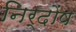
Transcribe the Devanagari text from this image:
निर्दोंष